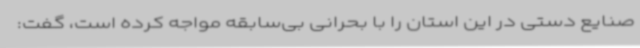
صنایع دستی در این استان را با بحرانی بی‌سابقه مواجه کرده است، گفت: